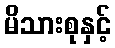
မိသားစုနှင့်